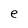
Character: e